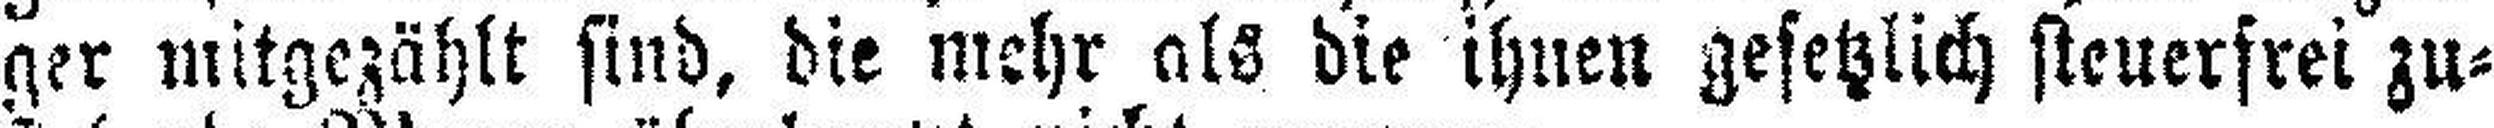
ger mitgezählt sind, die mehr als die ihnen gesetzlich steuerfrei zu¬